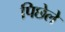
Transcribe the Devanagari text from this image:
पिछेले